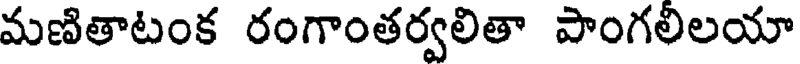
మణితాటంక రంగాంతర్వలితా పాంగలిలయా